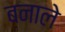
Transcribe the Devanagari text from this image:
बनाले